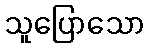
သူပြောသော